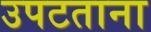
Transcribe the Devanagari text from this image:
उपटताना